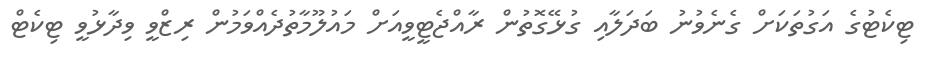
ޓިކެޓުގެ އަގުތަކަށް ގެނެވުނު ބަދަލާއި ގުޅޭގޮތުން ރާއްޖެޓީވީއަށް މައުލޫމާތުދެއްވަމުން ރިޒްވީ ވިދާޅުވީ ޓިކެޓް